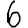
Digit: 6